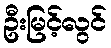
ဦးမြင့်လွင်